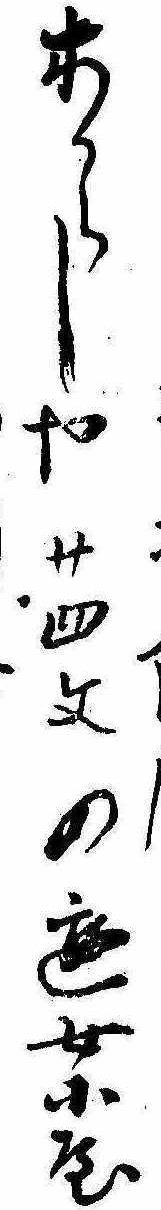
木からしや廿四文の遊女小屋